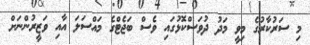
މި ސަރުކާރުގެ މިވީ މަދު ދުވަސްކޮޅުގައި ވެސް ބަޖެޓްގެ މައްސަލަ އާއި ވަޒީރުންނަށް